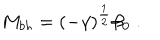
M _ { b h } = ( - \gamma ) ^ { \frac { 1 } { 2 } } \beta _ { 0 } \; .